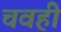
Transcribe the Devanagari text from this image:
चवही